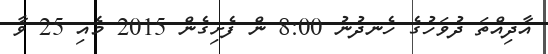
އާދިއްތަ ދުވަހުގެ ހެނދުނު 8:00 ން ފެށިގެން 2015 މެއި 25 ވާ